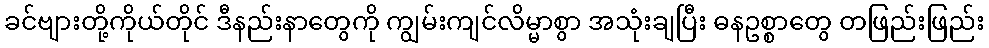
ခင်ဗျားတို့ကိုယ်တိုင် ဒီနည်းနာတွေကို ကျွမ်းကျင်လိမ္မာစွာ အသုံးချပြီး ဓနဥစ္စာတွေ တဖြည်းဖြည်း